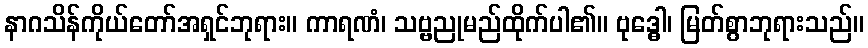
နာဂသိန်ကိုယ်တော်အရှင်ဘုရား။ ကာရဏံ၊ သဗ္ဗညုမည်ထိုက်ပါ၏။ ဗုဒ္ဓေါ၊ မြတ်စွာဘုရားသည်။